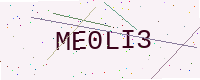
Text: ME0LI3